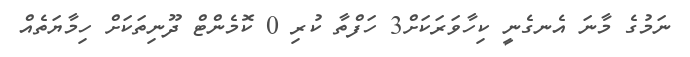
ނަމުގެ މާނަ އެނގެނީ ކިހާވަރަކަށް3 ހަފްތާ ކުރި 0 ކޮމެންޓް ދޫނިތަކަށް ހިމާޔަތެއް